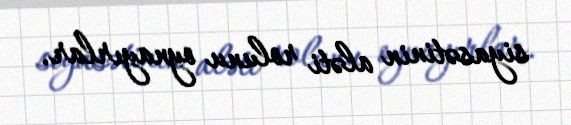
siyasətinin aləti rolunu oynayırlar.